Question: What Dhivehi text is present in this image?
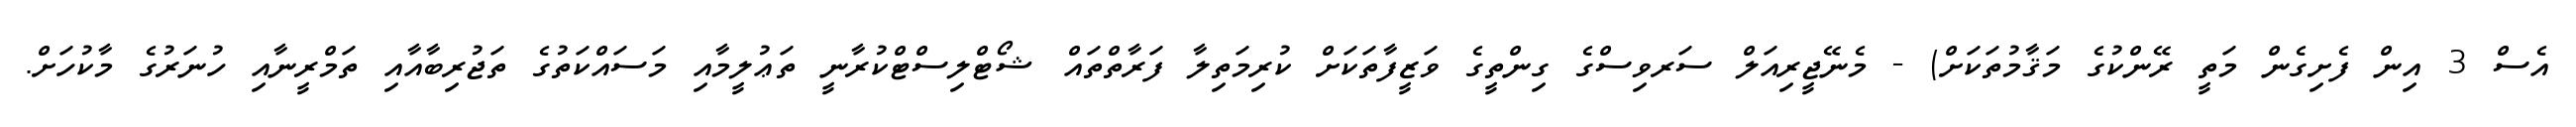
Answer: އެސް 3 އިން ފެށިގެން މަތީ ރޭންކުގެ މަޤާމުތަކަށް) - މެނޭޖީރިއަލް ސަރވިސްގެ ގިންތީގެ ވަޒީފާތަކަށް ކުރިމަތިލާ ފަރާތްތައް ޝޯޓްލިސްޓްކުރާނީ ތަޢުލީމާއި މަސައްކަތުގެ ތަޖުރިބާއާއި ތަމްރީނާއި ހުނަރުގެ މާކުހަށް.